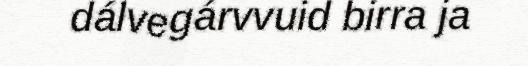
dálvegárvvuid birra ja